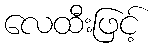
လေထီးဖြင့်